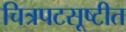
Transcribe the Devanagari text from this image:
चित्रपटसूष्टीत